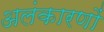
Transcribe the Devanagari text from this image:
अलंकारणों